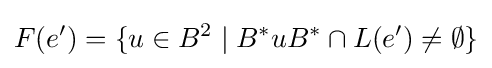
F(e')=\{u\in B^{2}\mid B^{*}uB^{*}\cap L(e')\neq \emptyset \}